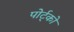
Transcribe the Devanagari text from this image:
पोर्ट्को